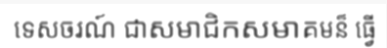
ទេសចរណ៍ ជាសមាជិកសមាគមន៏ ធ្វើ